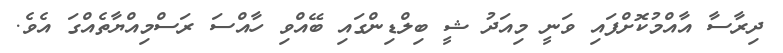
ދިރާސާ އާއްމުކޮށްފައި ވަނީ މިއަދު ޝީ ބިލްޑިންގައި ބޭއްވި ހާއްސަ ރަސްމިއްޔާތެއްގަ އެވެ.